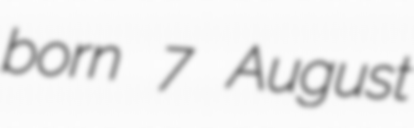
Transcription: born 7 August